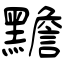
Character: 黵